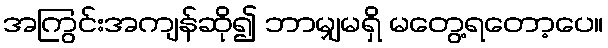
အကြွင်းအကျန်ဆို၍ ဘာမျှမရှိ မတွေ့ရတော့ပေ။